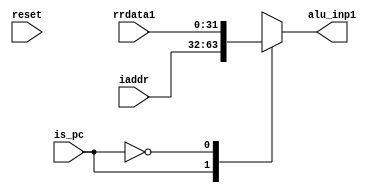
module mux_alu1( input reset,
                input [31:0] rrdata1,
                input [31:0] iaddr,
                input is_pc,
                output [31:0] alu_inp1
               );
    
    //Output to ALU inp1
    reg [31:0] alu_inp1;
 //I/p to ALU are two mux outputs- one after Read1-regfile o/p and other after Read2-regfile o/p  
    
    //Mux_alu1-deciding between pc_val or read1-regfile
    //Note- mux_alu1_in1 - from regfile read1
    //      mux_alu1_in2 - from PC         
    //assign mux_alu1_in1 = rrdata1;
    //assign mux_alu1_in2 = iaddr;
    always @(*) begin
        case(is_pc)
            1'b1: alu_inp1 = iaddr; 
            1'b0: alu_inp1 = rrdata1;
            
        endcase
    end
    
endmodule